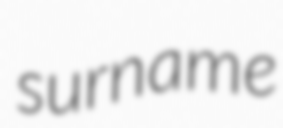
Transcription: surname